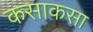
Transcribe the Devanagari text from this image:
कसाकसा